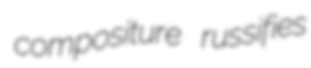
compositure russifies